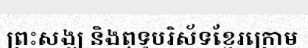
ព្រះសង្ឃ និងពុទ្ធបរិស័ទខ្មែរក្រោម